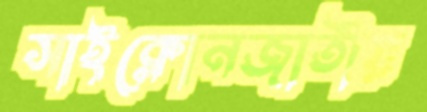
সাইক্লোনজাতীয়